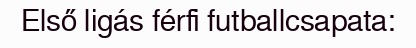
Első ligás férfi futballcsapata: